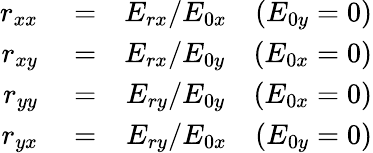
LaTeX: \begin{array}{rlr}{r_{xx}}&{{}=}&{E_{rx}/E_{0x}\quad(E_{0y}=0)}\\ {r_{xy}}&{{}=}&{E_{rx}/E_{0y}\quad(E_{0x}=0)}\\ {r_{yy}}&{{}=}&{E_{ry}/E_{0y}\quad(E_{0x}=0)}\\ {r_{yx}}&{{}=}&{E_{ry}/E_{0x}\quad(E_{0y}=0)}\end{array}